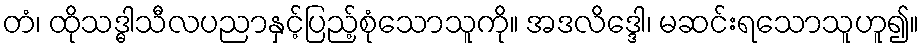
တံ၊ ထိုသဒ္ဓါသီလပညာနှင့်ပြည့်စုံသောသူကို။ အဒလိဒ္ဒေါ၊ မဆင်းရသောသူဟူ၍။